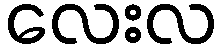
လေးလ